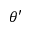
\theta ^ { \prime }